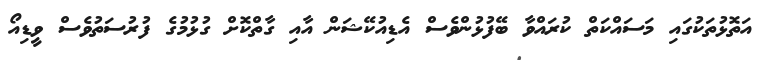
އަތޮޅުތަކުގައި މަސައްކަތް ކުރައްވާ ބޭފުޅުންވެސް އެޑިއުކޭޝަން އާއި ގާތްކޮށް ގުޅުމުގެ ފުރުސަތުވެސް ވީޑިއޯ